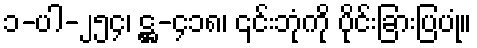
၁-ပါ-၂၅၄၊ ဋ္ဌ-၄၁၈၊ ၎င်းဘုံကို ပိုင်းခြားပြပုံ။